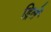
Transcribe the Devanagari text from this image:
ड्रिलें